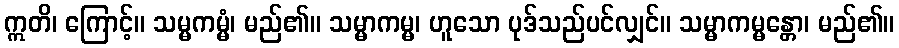
ဣတိ၊ ကြောင့်။ သမ္မကမ္မံ၊ မည်၏။ သမ္မာကမ္မ၊ ဟူသော ပုဒ်သည်ပင်လျှင်။ သမ္မာကမ္မန္တော၊ မည်၏။